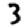
Digit: 3